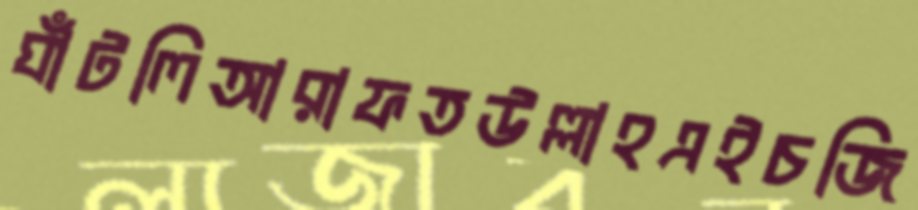
ঘাঁটলিআরাফতউল্লাহএইচজি